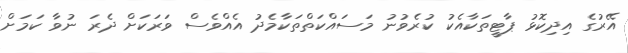
އޭރުގެ އިދިކޮޅު ޕާޓީތަކާއެކު ކުރެވުނު މަސައްކަތްތަކާމެދު އެއްވެސް ވަރަކަށް ދެރަ ނުވާ ކަމަށް